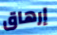
إرهاق